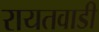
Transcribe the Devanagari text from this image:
रायतवाडी